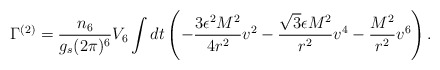
\begin{align*}\Gamma^{(2)} = \frac{n_6}{g_s (2\pi)^6}V_6 \int dt \left(-\frac{3 \epsilon^2 M^2}{4r^2}v^2-\frac{\sqrt{3}\epsilon M^2}{r^2}v^4-\frac{M^2}{r^2}v^6\right).\end{align*}